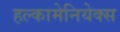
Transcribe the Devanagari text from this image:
हल्कामेनियेक्स